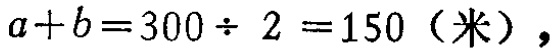
\(a + b = 300\div 2 = 150（米）\)